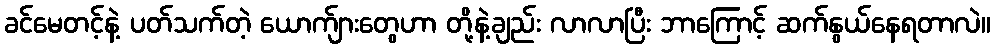
ခင်မေတင့်နဲ့ ပတ်သက်တဲ့ ယောက်ျားတွေဟာ တို့နဲ့ချည်း လာလာပြီး ဘာကြောင့် ဆက်နွယ်နေရတာလဲ။